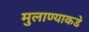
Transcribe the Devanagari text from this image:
मुलाण्याकडे